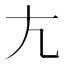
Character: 𡯁